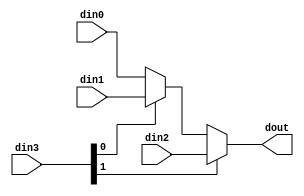
// ==============================================================
// File generated by Vivado(TM) HLS - High-Level Synthesis from C, C++ and SystemC
// Version: 2017.4
// Copyright (C) 1986-2017 Xilinx, Inc. All Rights Reserved.
// 
// ==============================================================


`timescale 1ns/1ps

module line_buffer_19_mueOg #(
parameter
    ID                = 0,
    NUM_STAGE         = 1,
    din0_WIDTH       = 32,
    din1_WIDTH       = 32,
    din2_WIDTH       = 32,
    din3_WIDTH         = 32,
    dout_WIDTH            = 32
)(
    input  [15 : 0]     din0,
    input  [15 : 0]     din1,
    input  [15 : 0]     din2,
    input  [1 : 0]    din3,
    output [15 : 0]   dout);

// puts internal signals
wire [1 : 0]     sel;
// level 1 signals
wire [15 : 0]         mux_1_0;
wire [15 : 0]         mux_1_1;
// level 2 signals
wire [15 : 0]         mux_2_0;

assign sel = din3;

// Generate level 1 logic
assign mux_1_0 = (sel[0] == 0)? din0 : din1;
assign mux_1_1 = din2;

// Generate level 2 logic
assign mux_2_0 = (sel[1] == 0)? mux_1_0 : mux_1_1;

// output logic
assign dout = mux_2_0;

endmodule